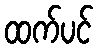
ထက်ပင်